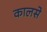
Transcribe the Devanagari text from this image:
कालसे